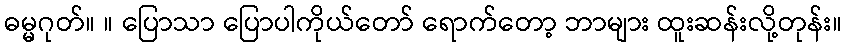
ဓမ္မဂုတ်။ ။ ပြောသာ ပြောပါကိုယ်တော် ရောက်တော့ ဘာများ ထူးဆန်းလို့တုန်း။